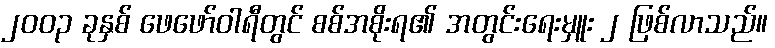
၂၀၀၃ ခုနှစ် ဖေဖော်ဝါရီတွင် စစ်အစိုးရ၏ အတွင်းရေးမှူး ၂ ဖြစ်လာသည်။